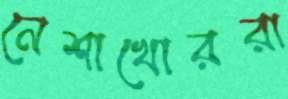
নেশাখোররা